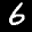
Label: 6